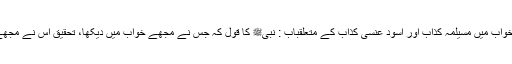
باب : نبیﷺ کا خواب میں مسیلمہ کذاب اور اسود عنسی کذاب کے متعلقباب : نبیﷺ کا قول کہ جس نے مجھے خواب میں دیکھا، تحقیق اس نے مجھے سچ مچ دیکھا۔